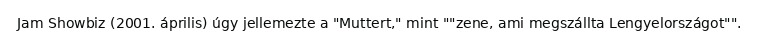
Jam Showbiz (2001. április) úgy jellemezte a "Muttert," mint ""zene, ami megszállta Lengyelországot"".